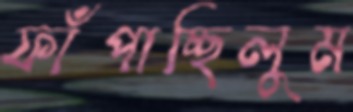
ফাঁপাচ্ছিলুম